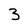
Character: 3